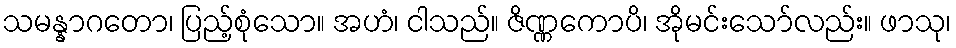
သမန္နာဂတော၊ ပြည့်စုံသော။ အဟံ၊ ငါသည်။ ဇိဏ္ဏကောပိ၊ အိုမင်းသော်လည်း။ ဖာသု၊